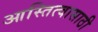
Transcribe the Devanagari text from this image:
आस्तित्वासाठी